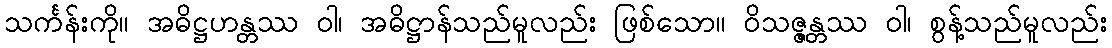
သင်္ကန်းကို။ အဓိဋ္ဌဟန္တဿ ဝါ၊ အဓိဋ္ဌာန်သည်မူလည်း ဖြစ်သော။ ဝိသဇ္ဇန္တဿ ဝါ၊ စွန့်သည်မူလည်း